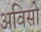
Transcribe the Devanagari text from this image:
अविसो